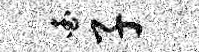
查子